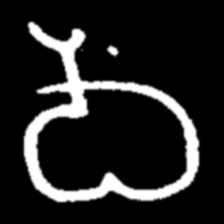
Pyu character \u2014 Myanmar letter: ဝ (romanized: wa)